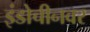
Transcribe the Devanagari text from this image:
इंडोचीनवर